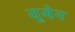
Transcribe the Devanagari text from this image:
यूगेन